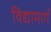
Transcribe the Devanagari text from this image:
विद्यामार्ग